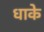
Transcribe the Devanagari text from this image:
धाके